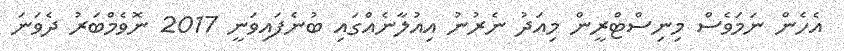
އެހެން ނަމަވެސް މިނިސްޓްރީން މިއަދު ނެރުނު އިއުލާނެއްގައި ބުނެފައިވަނީ 2017 ނޮވެމްބަރު ދެވަނަ